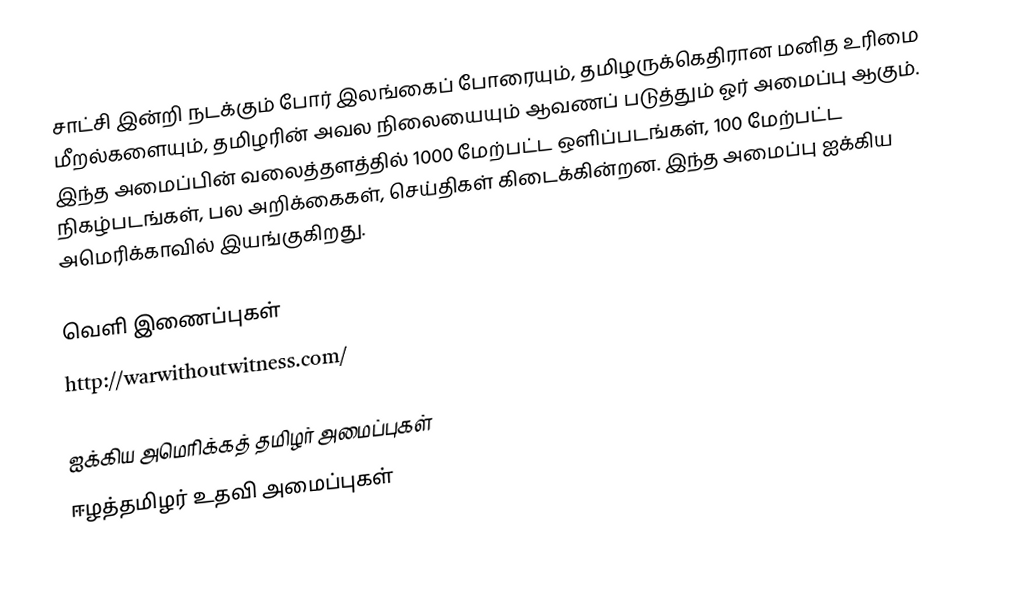
சாட்சி இன்றி நடக்கும் போர் இலங்கைப் போரையும், தமிழருக்கெதிரான மனித உரிமை மீறல்களையும், தமிழரின் அவல நிலையையும் ஆவணப் படுத்தும் ஓர் அமைப்பு ஆகும்.  இந்த அமைப்பின் வலைத்தளத்தில் 1000 மேற்பட்ட ஒளிப்படங்கள், 100 மேற்பட்ட நிகழ்படங்கள், பல அறிக்கைகள், செய்திகள் கிடைக்கின்றன.  இந்த அமைப்பு ஐக்கிய அமெரிக்காவில் இயங்குகிறது.

வெளி இணைப்புகள்
 http://warwithoutwitness.com/

ஐக்கிய அமெரிக்கத் தமிழர் அமைப்புகள்
ஈழத்தமிழர் உதவி அமைப்புகள்